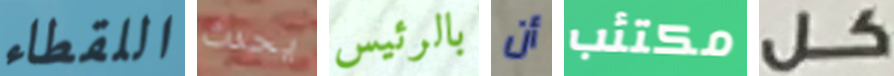
اللقطاء يحدث بالرئيس أن مكتئب كل